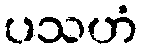
ပသဟံ